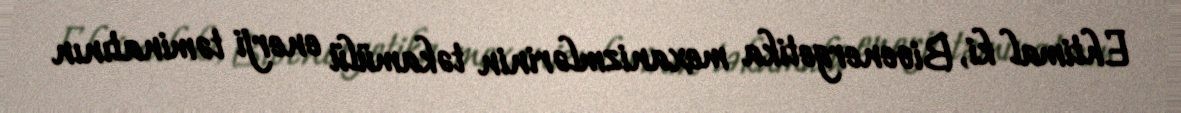
Ehtimal ki, Bioenergetika mexanizmlərinin təkamülü enerji təminatının